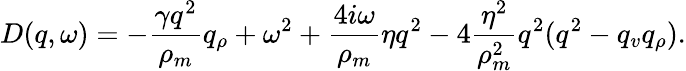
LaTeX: D(q,\omega)=-\frac{\gamma q^{2}}{\rho_{m}}q_{\rho}+\omega^{2}+\frac{4i\omega}{\rho_{m}}\eta q^{2}-4\frac{\eta^{2}}{\rho_{m}^{2}}q^{2}(q^{2}-q_{v}q_{\rho}).